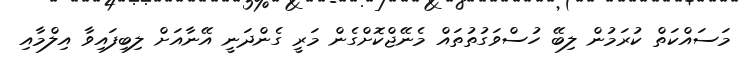
މަސައްކަތް ކުރަމުން ލިބޭ ހުސްވަގުތުތައް މެނޭޖްކޮށްގެން މަރީ ގެންދަނީ އޭނާއަށް ލިބިފައިވާ އިލްމާއި